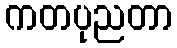
ကတပုညတာ